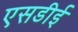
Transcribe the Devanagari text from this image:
एसडीई